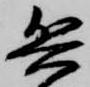
兵